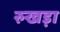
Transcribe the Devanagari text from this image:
रुखड़ा